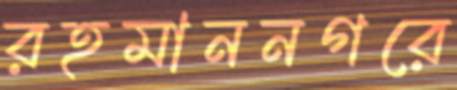
রহমাননগরে